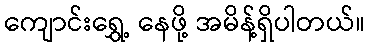
ကျောင်းရွှေ့ နေဖို့ အမိန့်ရှိပါတယ်။